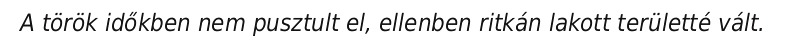
A török időkben nem pusztult el, ellenben ritkán lakott területté vált.